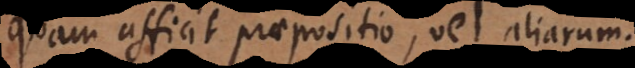
quam afficit praepositio, vel aliarum.